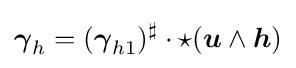
{\boldsymbol {\gamma }}_{h}=({\boldsymbol {\gamma }}_{h1})^{\sharp }\cdot \star ({\boldsymbol {u}}\wedge {\boldsymbol {h}})